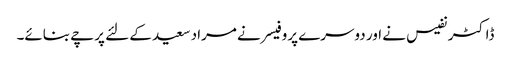
ڈاکٹر نفیس نے اور دوسرے پروفیسر نے مراد سعید کے لئے پرچے بنائے۔